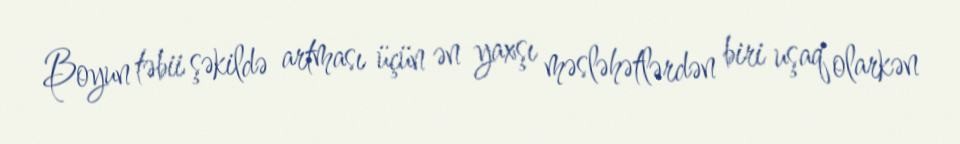
Boyun təbii şəkildə artması üçün ən yaxşı məsləhətlərdən biri uşaq olarkən